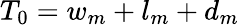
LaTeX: T_{0}=w_{m}+l_{m}+d_{m}